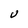
Character: U